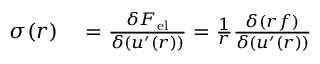
\begin{array} { r l } { \sigma ( r ) } & { { } = \frac { \delta { F } _ { \mathrm { { e l } } } } { \delta ( u ^ { \prime } ( r ) ) } = \frac { 1 } { r } \frac { \delta ( r f ) } { \delta ( u ^ { \prime } ( r ) ) } } \end{array}